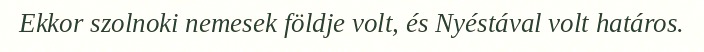
Ekkor szolnoki nemesek földje volt, és Nyéstával volt határos.